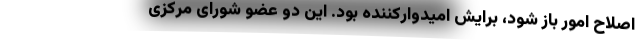
اصلاح امور باز شود، برایش امیدوارکننده بود. این دو عضو شورای مرکزی